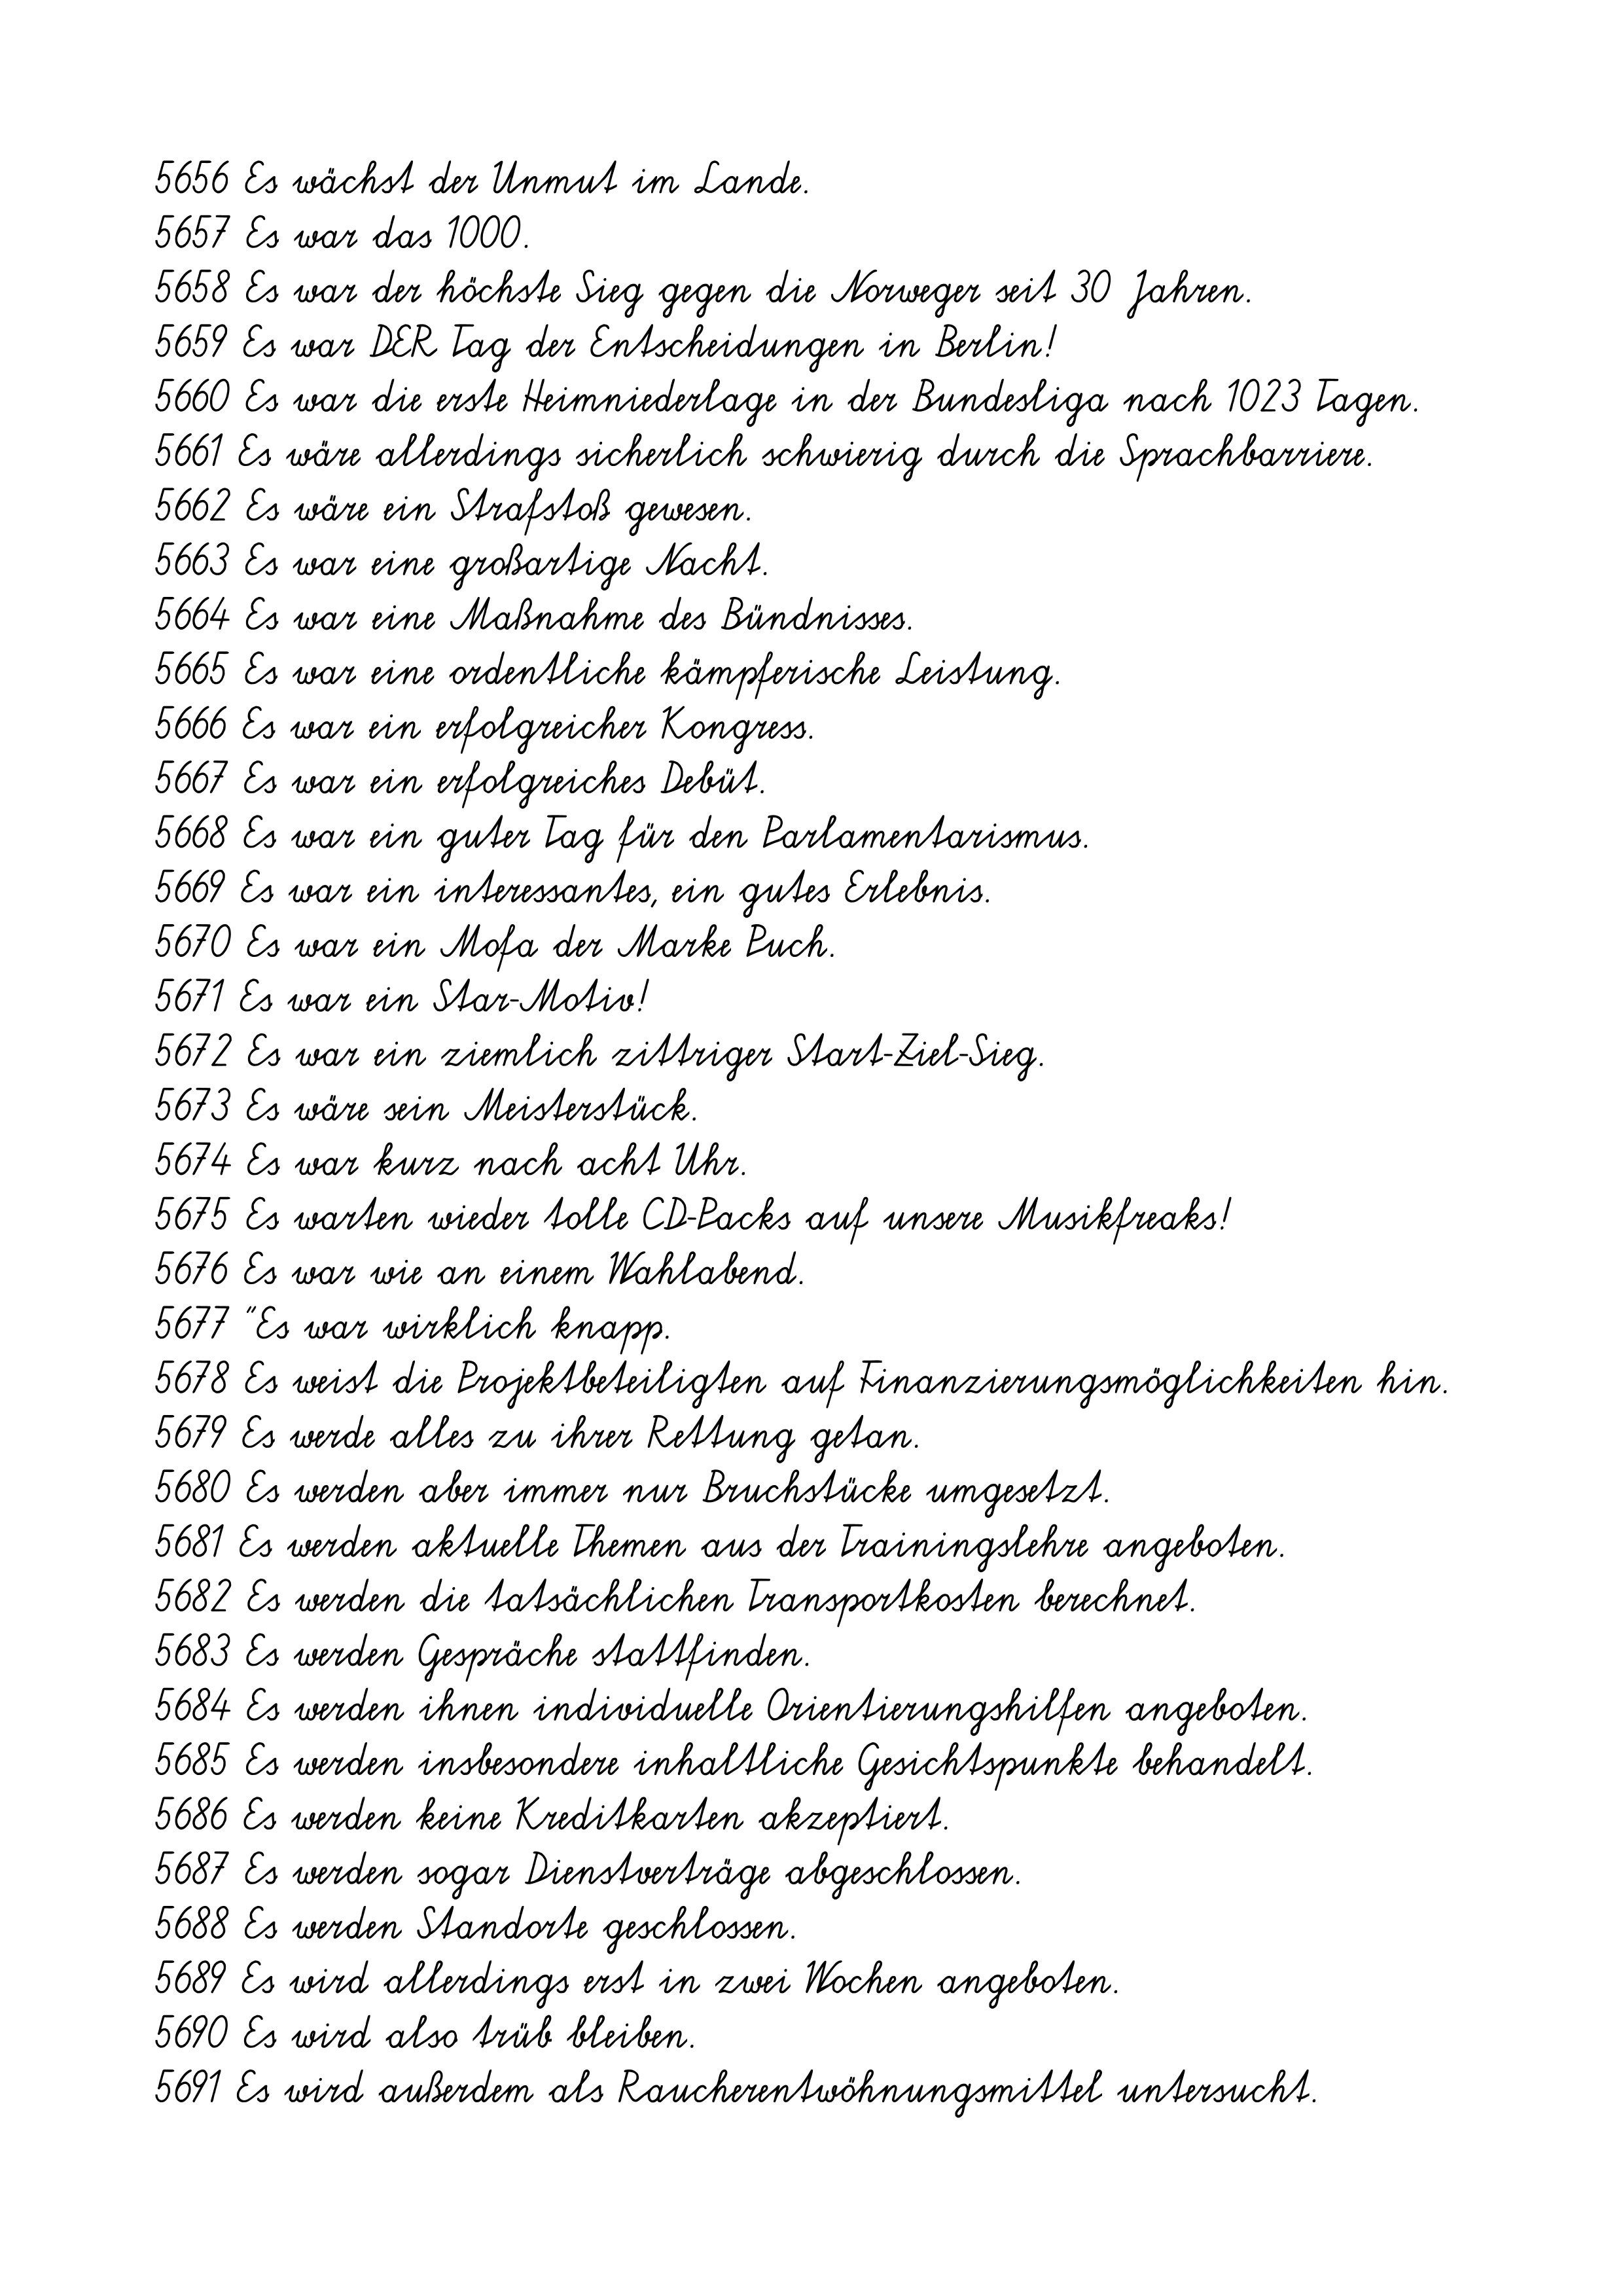
5656 Es wächst der Unmut im Lande.
5657 Es war das 1000.
5658 Es war der höchste Sieg gegen die Norweger seit 30 Jahren.
5659 Es war DER Tag der Entscheidungen in Berlin!
5660 Es war die erste Heimniederlage in der Bundesliga nach 1023 Tagen.
5661 Es wäre allerdings sicherlich schwierig durch die Sprachbarriere.
5662 Es wäre ein Strafstoß gewesen.
5663 Es war eine großartige Nacht.
5664 Es war eine Maßnahme des Bündnisses.
5665 Es war eine ordentliche kämpferische Leistung.
5666 Es war ein erfolgreicher Kongress.
5667 Es war ein erfolgreiches Debüt.
5668 Es war ein guter Tag für den Parlamentarismus.
5669 Es war ein interessantes, ein gutes Erlebnis.
5670 Es war ein Mofa der Marke Puch.
5671 Es war ein Star-Motiv!
5672 Es war ein ziemlich zittriger Start-Ziel-Sieg.
5673 Es wäre sein Meisterstück.
5674 Es war kurz nach acht Uhr.
5675 Es warten wieder tolle CD-Packs auf unsere Musikfreaks!
5676 Es war wie an einem Wahlabend.
5677 "Es war wirklich knapp.
5678 Es weist die Projektbeteiligten auf Finanzierungsmöglichkeiten hin.
5679 Es werde alles zu ihrer Rettung getan.
5680 Es werden aber immer nur Bruchstücke umgesetzt.
5681 Es werden aktuelle Themen aus der Trainingslehre angeboten.
5682 Es werden die tatsächlichen Transportkosten berechnet.
5683 Es werden Gespräche stattfinden.
5684 Es werden ihnen individuelle Orientierungshilfen angeboten.
5685 Es werden insbesondere inhaltliche Gesichtspunkte behandelt.
5686 Es werden keine Kreditkarten akzeptiert.
5687 Es werden sogar Dienstverträge abgeschlossen.
5688 Es werden Standorte geschlossen.
5689 Es wird allerdings erst in zwei Wochen angeboten.
5690 Es wird also trüb bleiben.
5691 Es wird außerdem als Raucherentwöhnungsmittel untersucht.